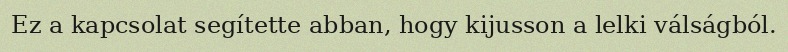
Ez a kapcsolat segítette abban, hogy kijusson a lelki válságból.